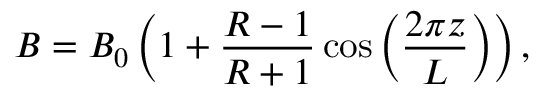
B = B _ { 0 } \left( 1 + \frac { R - 1 } { R + 1 } \cos \left( \frac { 2 \pi z } { L } \right) \right) ,